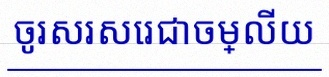
ចូរសរសេរជាចម្លើយ